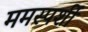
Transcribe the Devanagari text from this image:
ममस्पर्शी